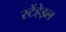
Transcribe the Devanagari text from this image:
स्टेंहेइल